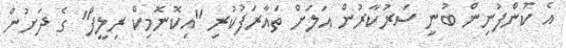
އެ ކުންފުނިން ބުނީ ސަރުކާރުން އަލަށް ތައާރަފުކުރި "އިކޮނޮމިކް ރިލީފް" ގެ ދަށުން